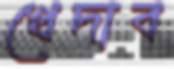
খেদাব